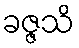
ခဇ္ဇသိ